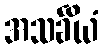
အသင်္ခိယံ